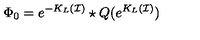
\Phi _ { 0 } = e ^ { - K _ { L } ( \mathcal { I } ) } \star Q ( e ^ { K _ { L } ( \mathcal { I } ) } )